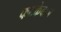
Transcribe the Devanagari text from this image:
फटकेबाज